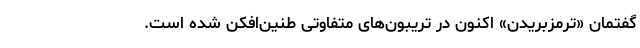
گفتمان «ترمزبریدن» اکنون در تریبون‌های متفاوتی طنین‌افکن شده است.